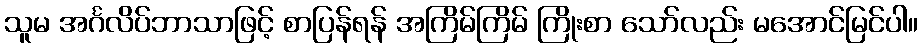
သူမ အင်္ဂလိပ်ဘာသာဖြင့် စာပြန်ရန် အကြိမ်ကြိမ် ကြိုးစာ သော်လည်း မအောင်မြင်ပါ။